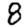
Digit: 8